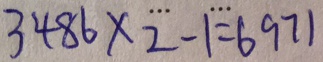
3 4 8 6 \times 2 - 1 = 6 9 7 1